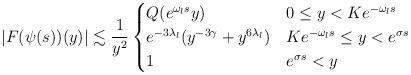
LaTeX: \begin{align*} \lvert F(\psi(s))(y)\rvert \lesssim \frac{1}{y^{2}} \begin{cases} Q(e^{\omega_{l} s}y) & 0\le y < Ke^{-\omega_{l} s}\\ e^{-3\lambda_{l}}(y^{-3\gamma}+y^{6\lambda_{l}}) & Ke^{-\omega_{l} s}\le y < e^{\sigma s}\\ 1 & e^{\sigma s}<y \end{cases} \end{align*}